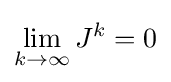
\lim _{k\to \infty }J^{k}=0